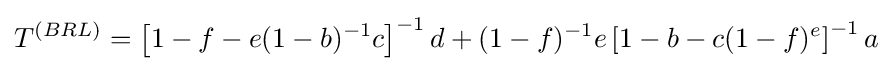
T^{(BRL)}=\left[1-f-e(1-b)^{-1}c\right]^{-1}d+(1-f)^{-1}e\left[1-b-c(1-f)^{e}\right]^{-1}a